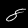
Digit: 8